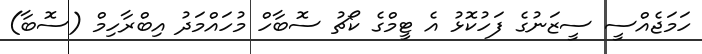
ހަމަޖެއްސީ ސީޒަނުގެ ފަހުކޮޅު އެ ޓީމްގެ ކޯޗު ސޮބާހް މުހައްމަދު އިބްރާހިމް (ސޮބާ)